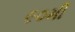
૯૦મી